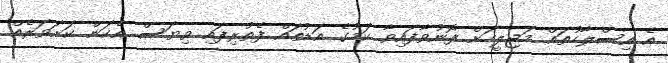
އެ އިސްލާހުތައް މަޖިލީހަށް ފޮނުވާފައިވާ ކަމުގެ އަޑުތައް ފެތުރިފައި ވިޔަސް އެކަން ކަށަވަރެއް